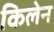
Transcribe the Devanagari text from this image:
किलेन